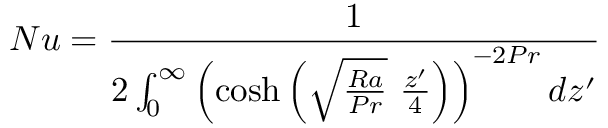
N u = \frac { 1 } { 2 \int _ { 0 } ^ { \infty } \left( \cosh { \left( \sqrt { \frac { R a } { P r } } \ \frac { z ^ { \prime } } { 4 } \right) } \right) ^ { - 2 P r } d z ^ { \prime } }